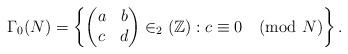
LaTeX: \begin{align*}\Gamma_0(N) = \left\{ \begin{pmatrix}a & b \\c & d\end{pmatrix}\in _2(\mathbb{Z}) : c \equiv 0 \pmod{N}\right\}.\end{align*}